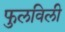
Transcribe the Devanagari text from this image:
फुलविली